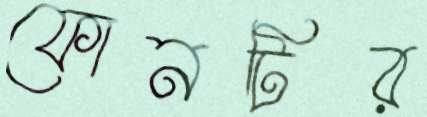
ফোনটির